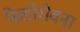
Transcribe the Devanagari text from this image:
फेडोरोवना